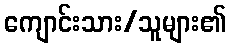
ကျောင်းသား/သူများ၏